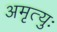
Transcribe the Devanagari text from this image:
अमृत्युः